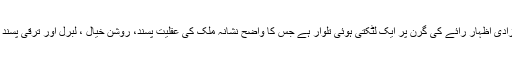
یہ قانون آزادی اظہار رائے کی گرن پر ایک لٹکتی ہوئی تلوار ہے جس کا واضح نشانہ ملک کی عقلیت پسند، روشن خیال ، لبرل اور ترقی پسند قوتیں ہیں۔